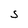
Character: S